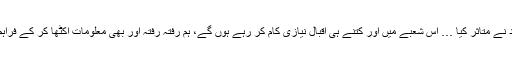
ان کی مصروفیت اور جد و جہد نے متاثر کیا … اس شعبے میں اور کتنے ہی اقبال نیازی کام کر رہے ہوں گے، ہم رفتہ رفتہ اور بھی معلومات اکٹھا کر کے فراہم کرنے کی کوشش کریں گے ۔